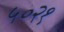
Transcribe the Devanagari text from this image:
५०२१